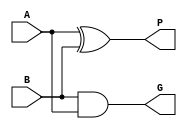
`timescale 1ns/1ns

module add (
    input  A,
    input  B,
    output P,
    output G
);

 assign   P = A ^ B;
 assign   G = B & A;

endmodule


module lca_4(
	input		[3:0]       A_in  ,
	input	    [3:0]		B_in  ,
    input                   C_1   ,
 
 	output	 wire			CO    ,
	output   wire [3:0]	    S
);
    
    wire [3:0] P;
    wire [3:0] G;

    generate
        genvar i;
        for(i = 0; i <4; i=i+1)
            begin:add//
                add u1(
                    .A(A_in[i]),
                    .B(B_in[i]),
                    .P(P[i]),
                    .G(G[i])
                );
            end
    endgenerate

    wire [3:0] c;
    assign c[0] = C_1 & P[0] | G[0];
    assign c[1] = c[0] & P[1] | G[1];
    assign c[2] = c[1] & P[2] | G[2];
    assign c[3] = c[2] & P[3] | G[3];


    assign S[0] = P[0] ^ C_1;
    assign S[1] = P[1] ^ c[0];
    assign S[2] = P[2] ^ c[1];
    assign S[3] = P[3] ^ c[2];
     assign CO = c[3];
endmodule





//

// `timescale 1ns/1ns

// module lca_4(
// 	input		[3:0]       A_in  ,
// 	input	    [3:0]		B_in  ,
//     input                   C_1   ,
 
//  	output	 wire			CO    ,
// 	output   wire [3:0]	    S
// );
    
//     wire [3:0] G;
//     wire [3:0] P;

// // 
//     assign G[0] = A_in[0] & B_in[0];
//     assign G[1] = A_in[1] & B_in[1];
//     assign G[2] = A_in[2] & B_in[2];
//     assign G[3] = A_in[3] & B_in[3];

// //
//     assign P[0] = A_in[0] ^ B_in[0];
//     assign P[1] = A_in[1] ^ B_in[1];
//     assign P[2] = A_in[2] ^ B_in[2];
//     assign P[3] = A_in[3] ^ B_in[3];

//     wire [3:0] c;
//     assign c[0] = C_1 & P[0] | G[0];
//     assign c[1] = c[0] & P[1] | G[1];
//     assign c[2] = c[1] & P[2] | G[2];
//     assign c[3] = c[2] & P[3] | G[3];


//     assign S[0] = P[0] ^ C_1;
//     assign S[1] = P[1] ^ c[0];
//     assign S[2] = P[2] ^ c[1];
//     assign S[3] = P[3] ^ c[2];

//     assign CO = c[3];
// endmodule